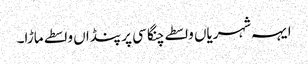
ایہہ شہریاں واسطے چنگا سی پر پنڈاں واسطے ماڑا۔